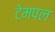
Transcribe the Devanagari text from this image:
टेमपल